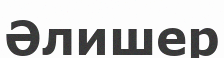
Әлишер